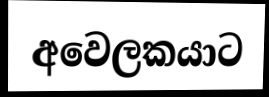
අවෙලකයාට